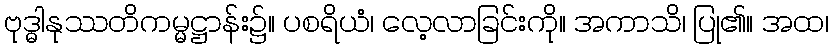
ဗုဒ္ဓါနုဿတိကမ္မဋ္ဌာန်း၌။ ပစရိယံ၊ လေ့လာခြင်းကို။ အကာသိ၊ ပြု၏။ အထ၊